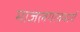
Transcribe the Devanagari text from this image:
माजलगावमार्गे